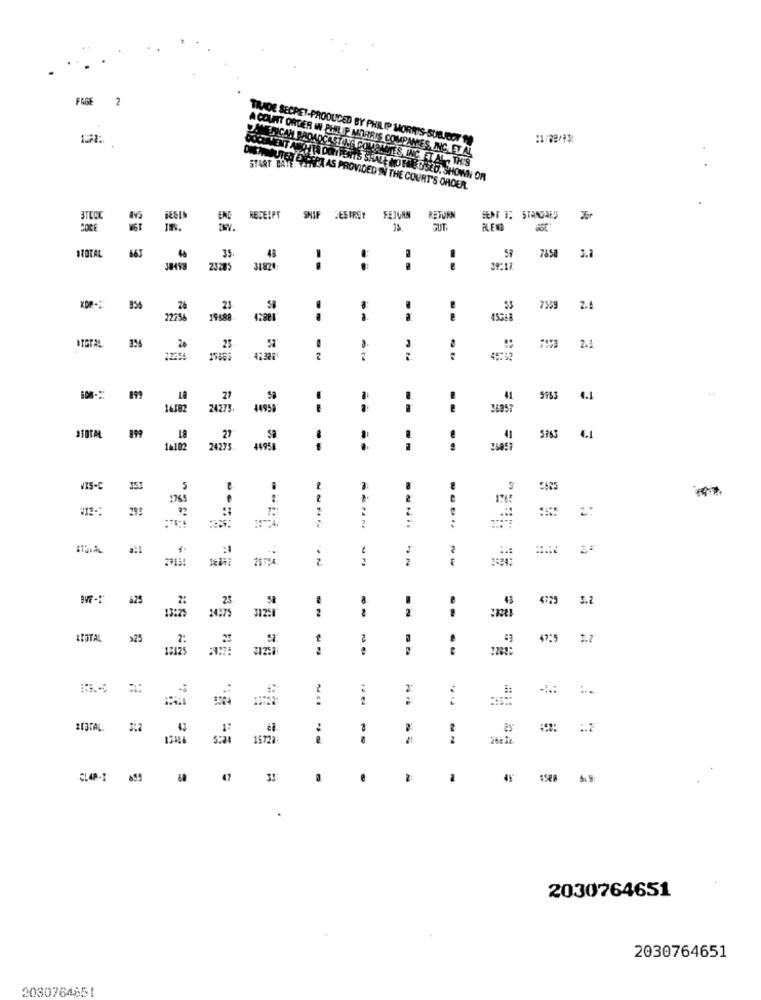
FAGE
2
151:
TRADE SECRET-PRODUCED BY PHILIP MORRIS-SUBJECT
A COUNT ORTER IN PHILIP MORRIS COMPANIES, INC. ETAL
START DAVEY
EURCAM BROADCASTING COMANITES, INC. ET AL ., THIS
OCET VENT ANOTTA DON FEATS SHALL NO FRE DISCO. SHOWN OR
HER EXPECT AS PROVIDED IN THE COURT'S ORDER.
Av5
ENG
RECEIPT
SHIF
DESTROY
FEJURN
RETURN
BENT TE STANDARD
DOCE
GUT
ALEN
35.
TOTAL
663
43
7850
3.1
38493
23205
31824:
- .
856
26
23
7359
--
..
25
TOTAL
20
42328
R.
18
21
41
5963 4.1
16382
24275,
44955
- -
- -
899
27
41
5963 4.1
1&182
24273.
44951
--
VIS-C
-
1765
1765
2:
2713
--
--
BVF-X: 625
23
4725
3.2
2
.
13:25
24975
3125
#TOTAL
225
3.7
13125
=:
BIJTAL. 312
1572
47
3!
2030764651
2030764651
2030764651